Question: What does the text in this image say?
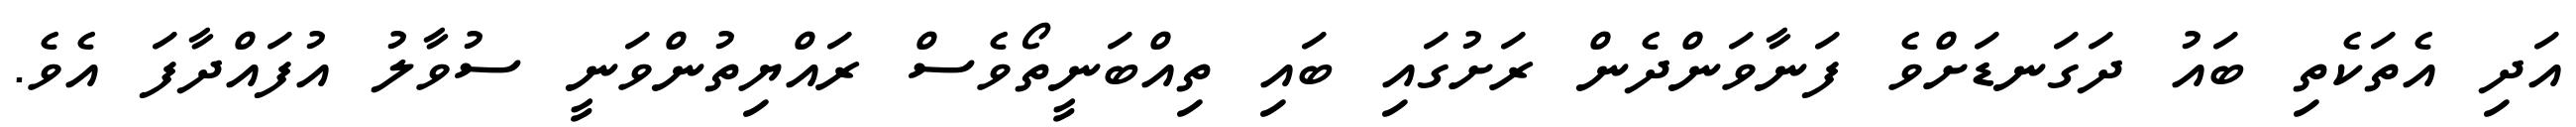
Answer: އަދި އެތަކެތި ބައު ދަގަނޑަށްވެ ފަނާވަންދެން ރަށުގައި ބައި ތިއްބަނީތޯވެސް ރައްޔިތުންވަނީ ސުވާލު އުފައްދާފަ އެވެ.